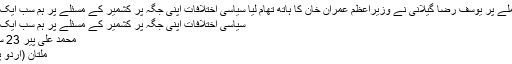
مسئلہ کشمیر کے معاملے پر یوسف رضا گیلانی نے وزیراعظم عمران خان کا ہاتھ تھام لیا سیاسی اختلافات اپنی جگہ پر کشمیر کے مسئلے پر ہم سب ایک ہیں: سابق وزیر اعظم
سیاسی اختلافات اپنی جگہ پر کشمیر کے مسئلے پر ہم سب ایک ہیں: سابق وزیر اعظم
محمد علی پیر 23 ستمبر 2019 23:13
ملتان (اُردو پوائنٹ اخبارتازہ ترین۔